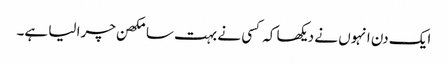
ایک دن انہوں نے دیکھا کہ کسی نے بہت سا مکھن چرا لیا ہے۔